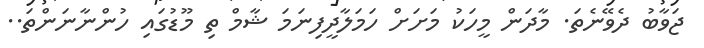
ޖަވާބު ދެވޭނެތަ. މާދަން މީހަކު މަށަށް ހަމަލާދީފިނަމަ ޝާމް ތި މޫޑުގައި ހުންނާނަންތަ..